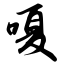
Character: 嗄